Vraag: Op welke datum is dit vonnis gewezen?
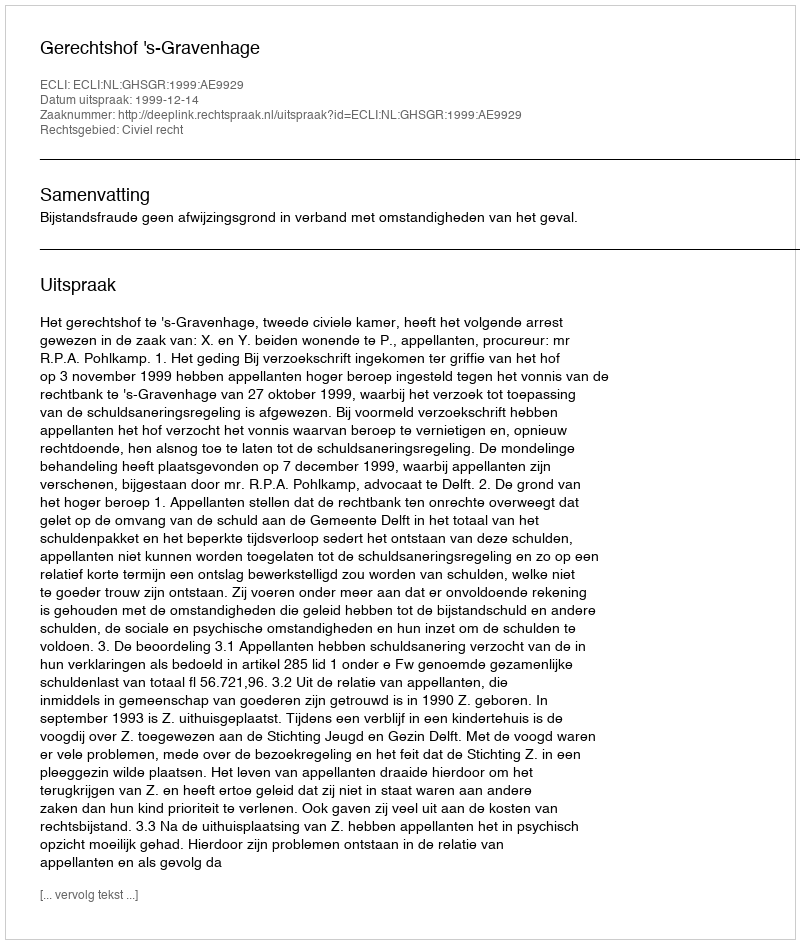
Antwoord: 1999-12-14